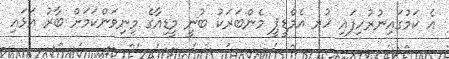
އެ ކަމުގައިނުރުހިފައި ހުރ އެމްޑީޕީ މެންބަރަކު ބުނީ މީޑިއާގެ މިނިވަންކަމަށް ބާރު އަޅައި